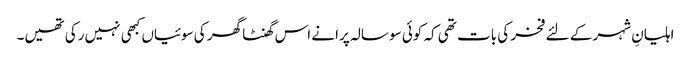
اہلیانِ شہر کے لئے فخر کی بات تھی کہ کوئی سو سالہ پرانے اس گھنٹا گھر کی سوئیاں کبھی نہیں رکی تھیں۔